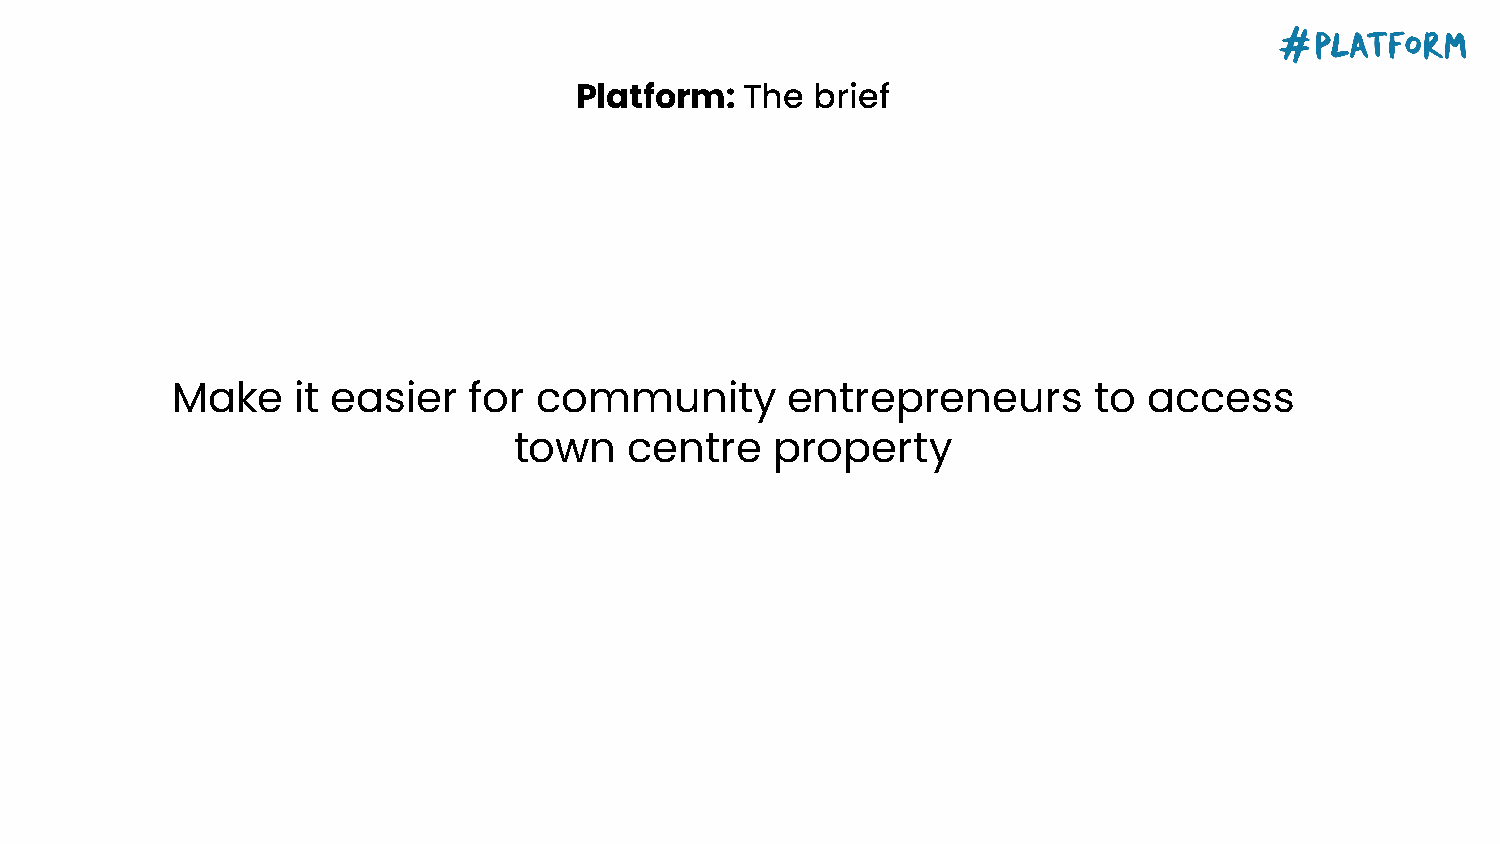
Platform:  The  brief
 Make    it easier   for  community       entrepreneurs       to  access
 town    centre   property